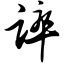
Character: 谇